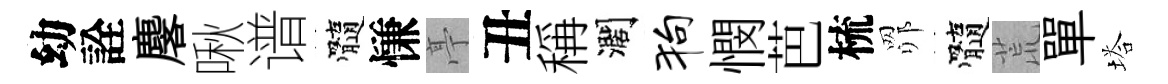
幼詮麐啾谱髓慊亭丑稱濶狗憫芭梳𦊑髓荒單塔